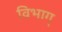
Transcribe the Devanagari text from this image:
विभाग्